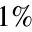
1 \%